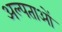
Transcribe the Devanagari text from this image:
अल्पताओं